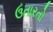
ઉતારતો